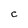
Character: c